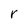
Character: r